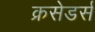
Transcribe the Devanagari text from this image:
क्रसेडर्स